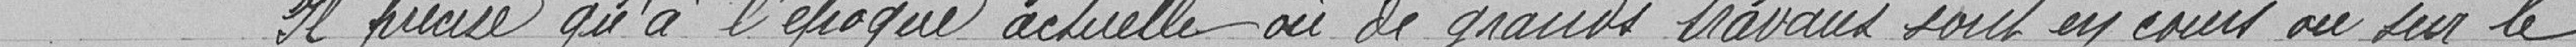
Il précise qu'à l'époque actuelle où de grands travaux sont en cours ou sur le